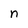
Character: n